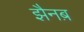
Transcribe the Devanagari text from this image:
झैनब़